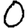
Digit: 0